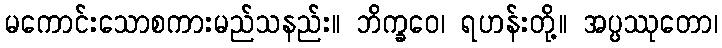
မကောင်းသောစကားမည်သနည်း။ ဘိက္ခဝေ၊ ရဟန်းတို့။ အပ္ပဿုတော၊